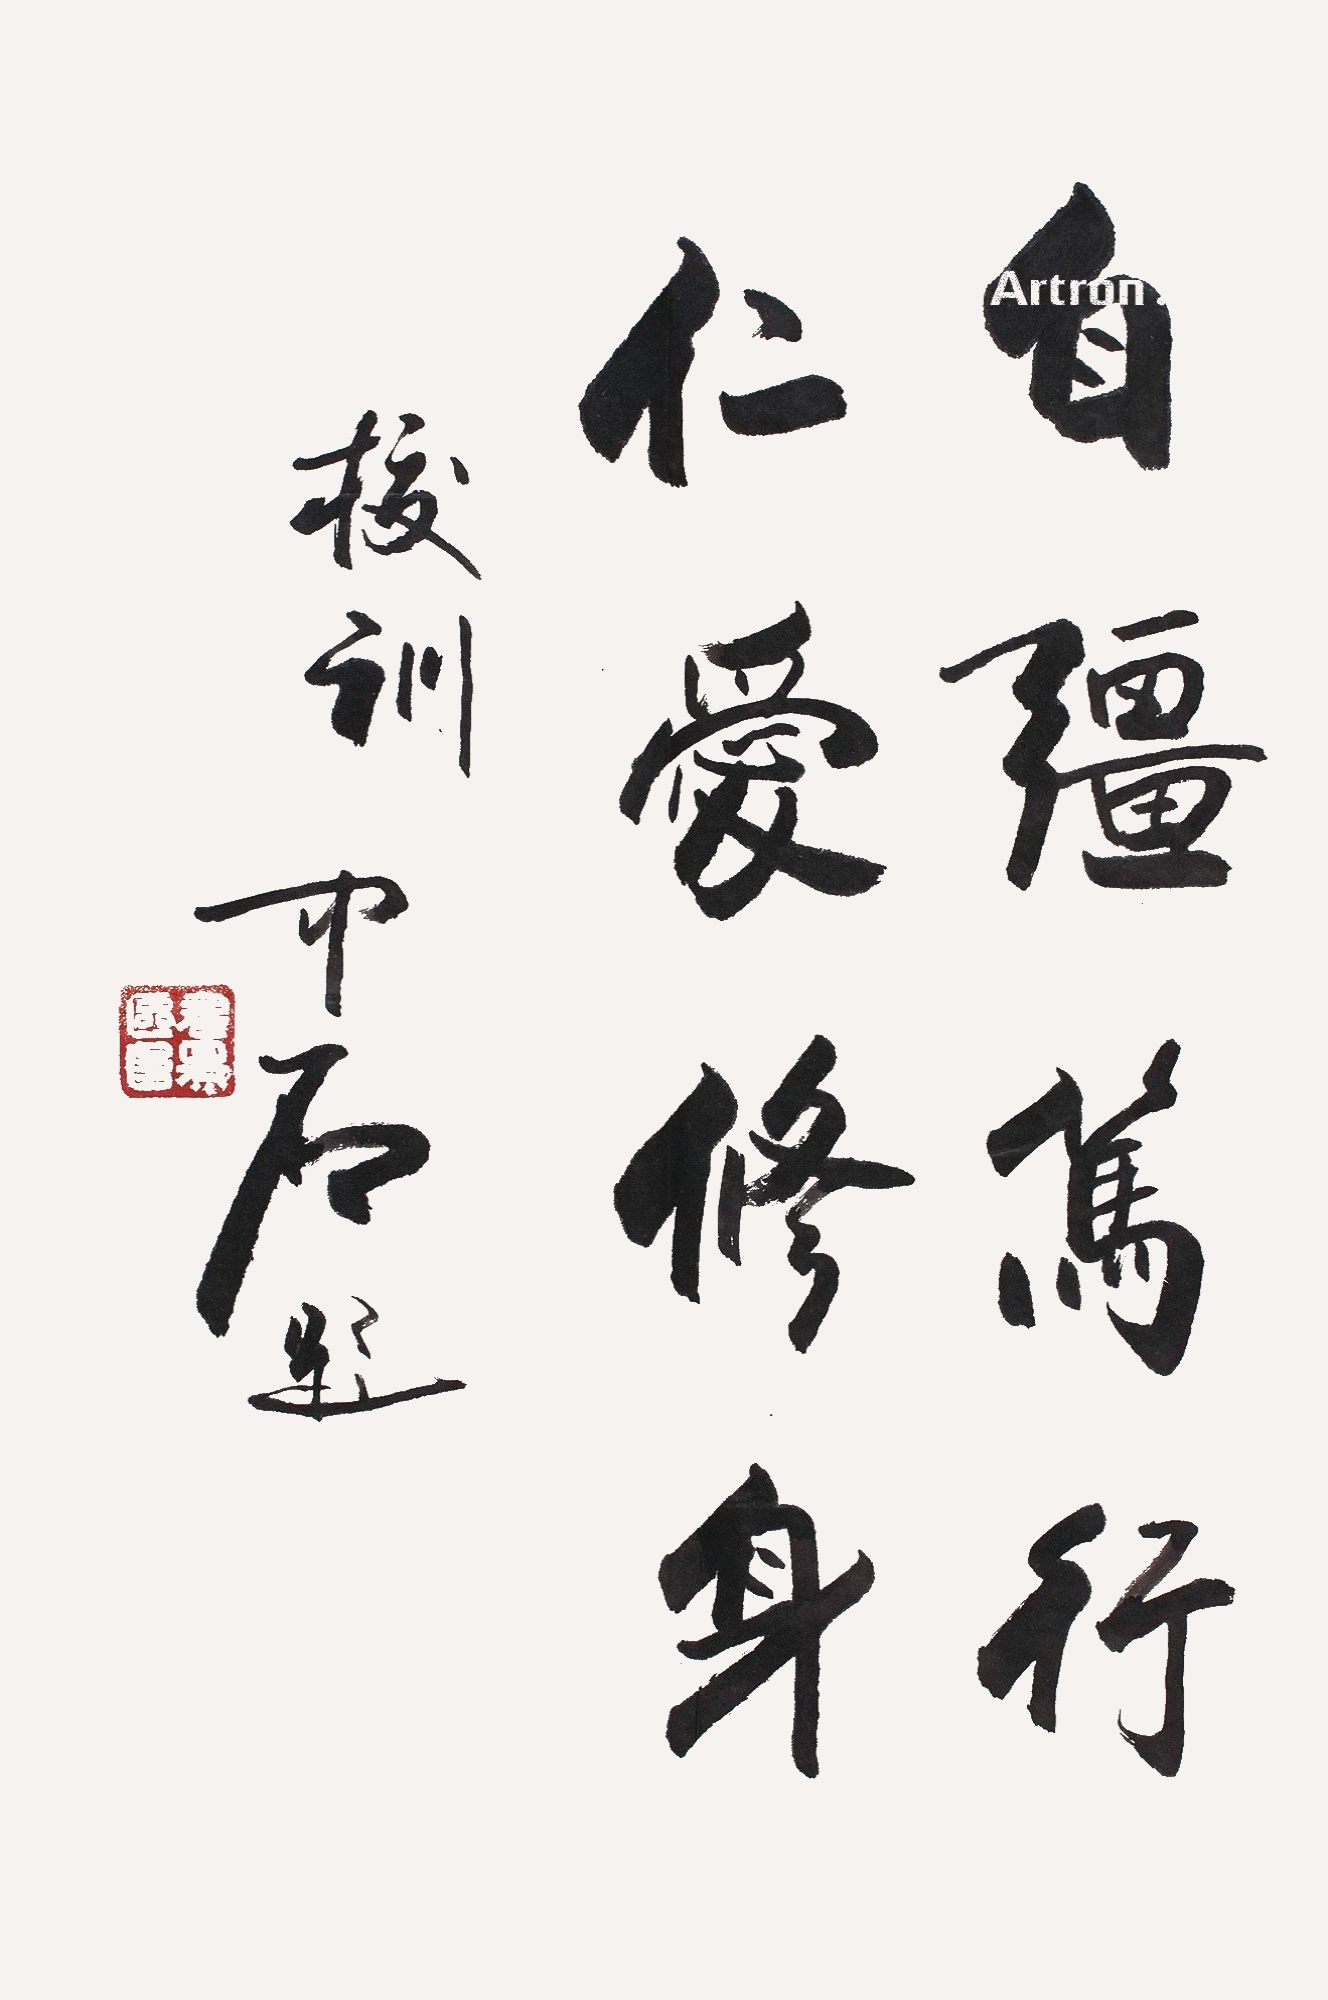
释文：自强笃行，仁爱修身。校训，中石题。